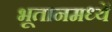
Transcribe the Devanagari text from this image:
भूतानमध्यें